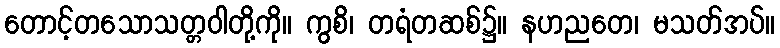
တောင့်တသောသတ္တဝါတို့ကို။ ကွစိ၊ တရံတဆစ်၌။ နဟညတေ၊ မသတ်အပ်။